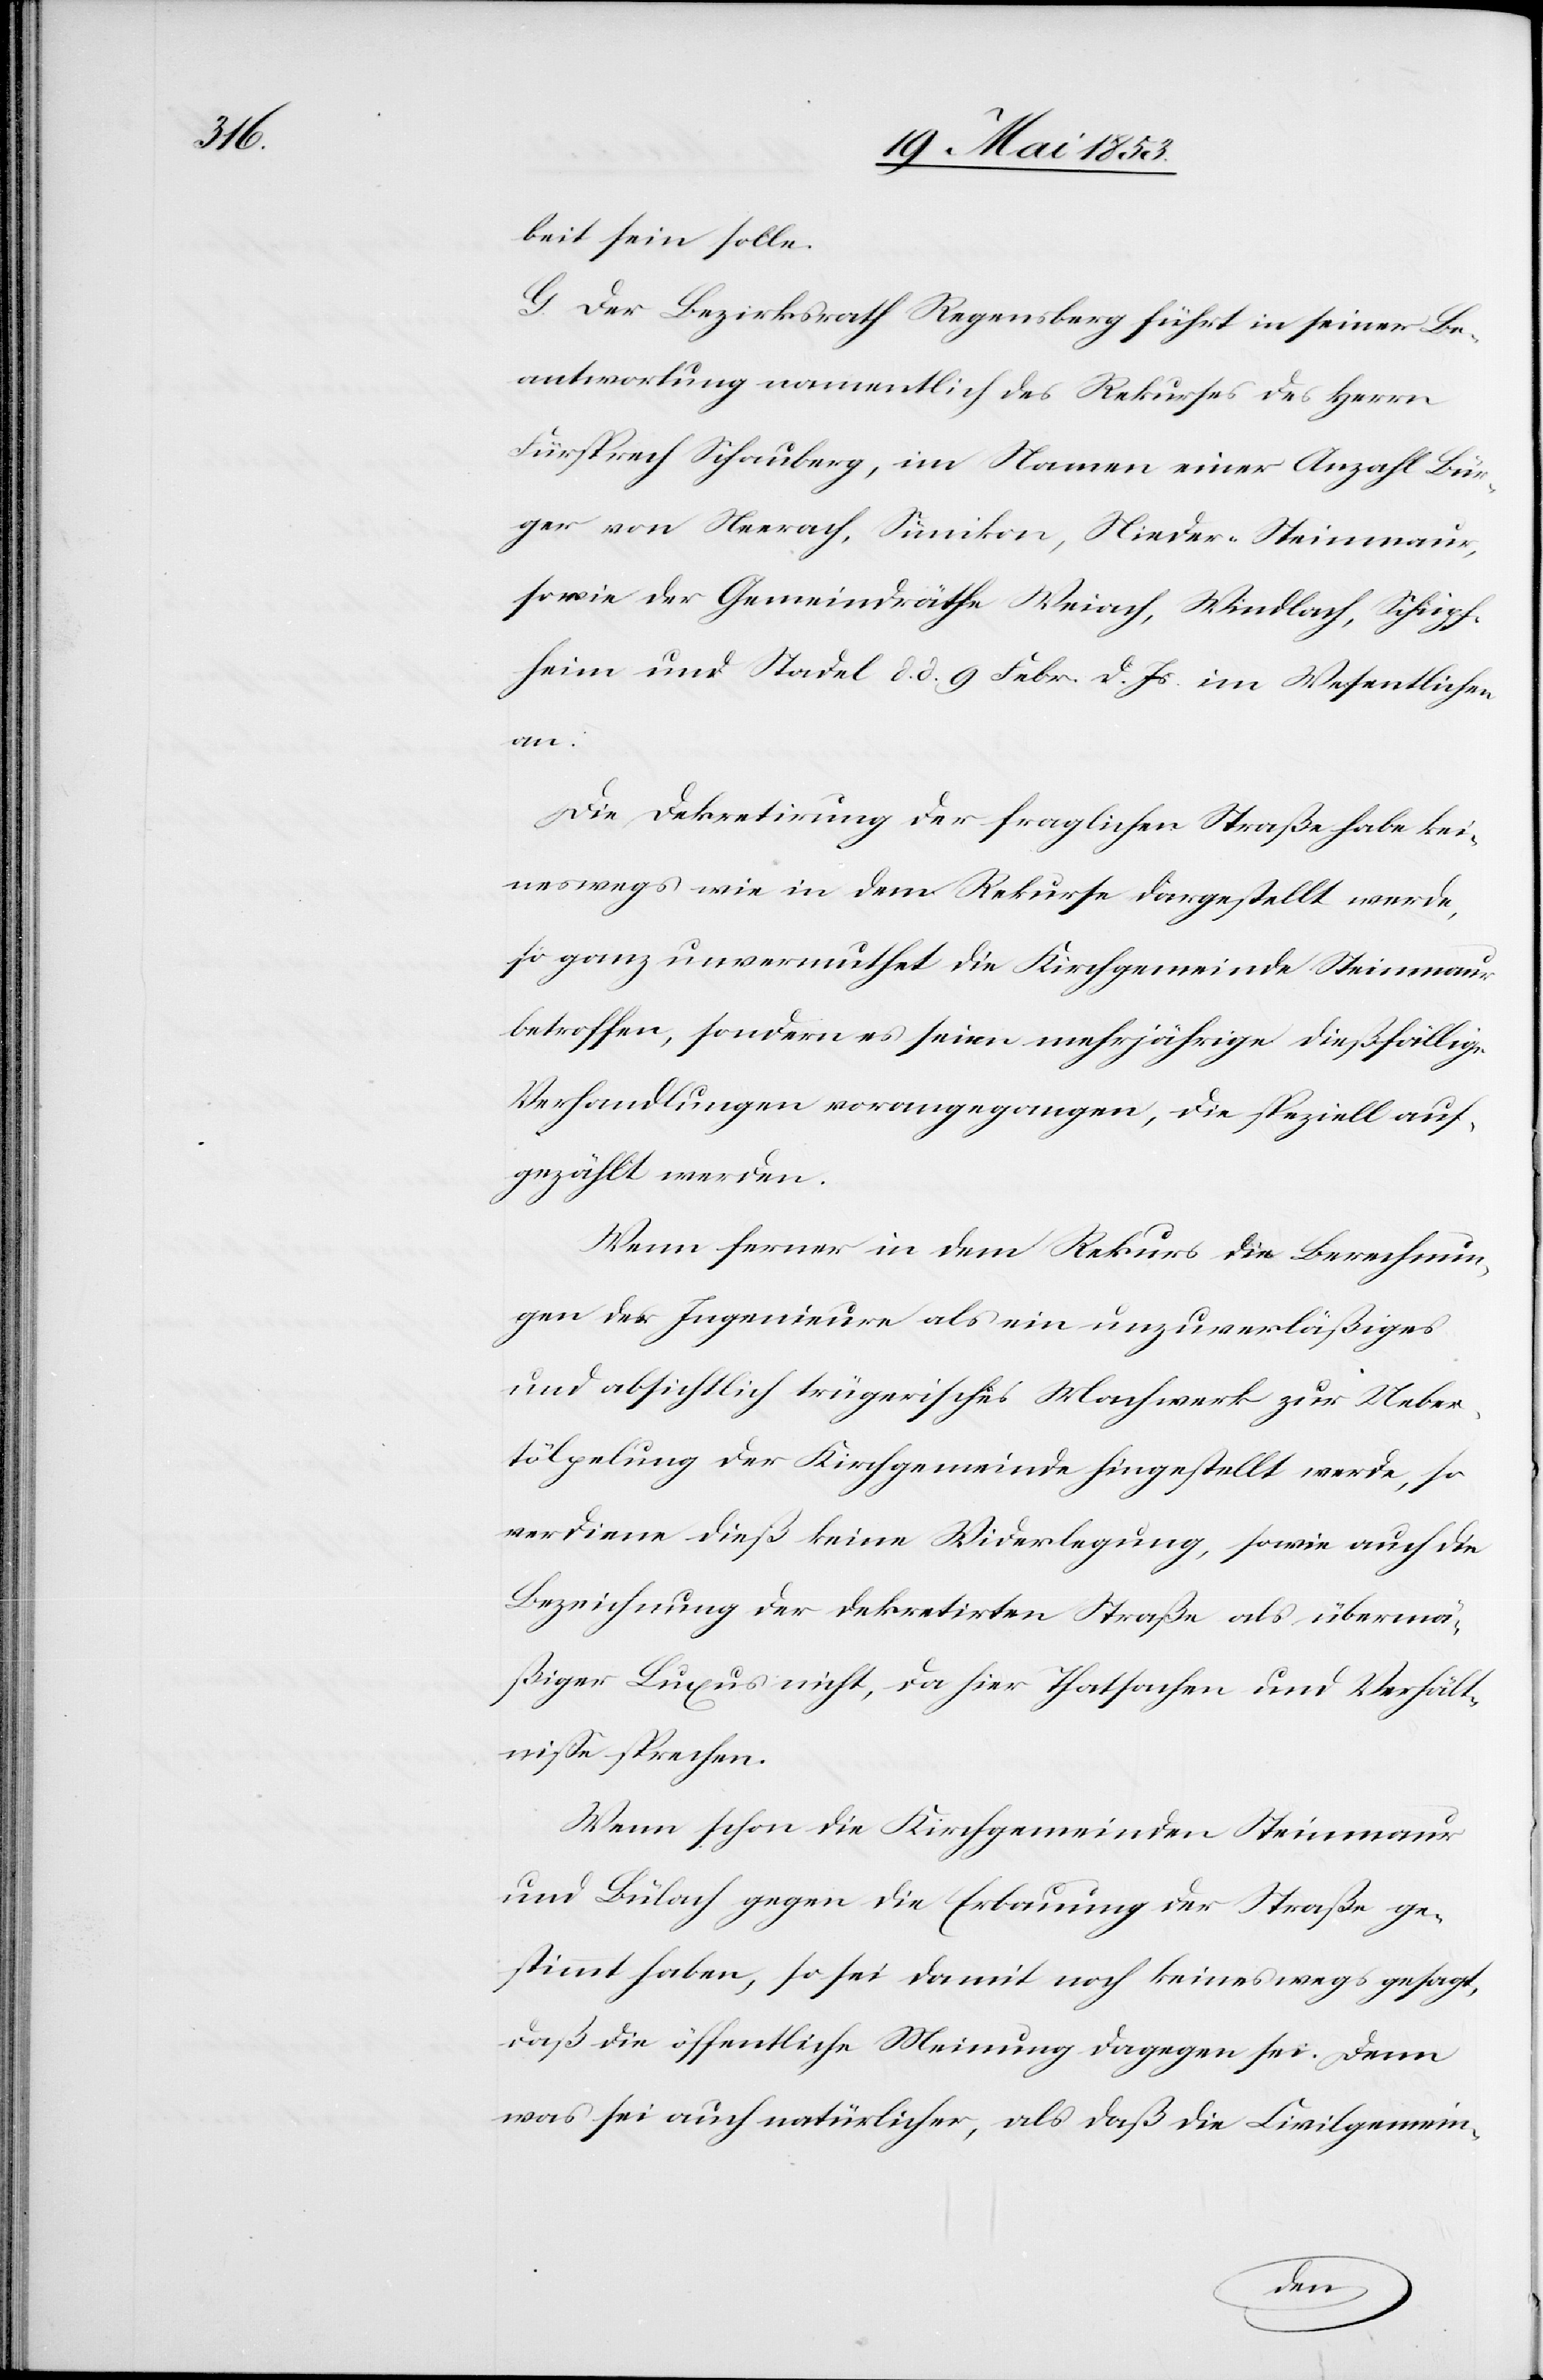
beit sein solle.
G. Der Bezirksrath Regensberg führt in seiner Be¬
antwortung namentlich des Rekurses des Herrn
Fürsprech Schauberg, im Namen einer Anzahl Bür¬
ger von Neerach, Sümikon, Nieder-Steinmaur,
sowie der Gemeindräthe Weiach, Windlach, Schipf¬
heim und Stadel d. d. 9. Febr. d. Js. im Wesentlichen
Die Dekretirung der fraglichen Straße habe kei¬
neswegs wie in dem Rekurse dargestellt werde,
so ganz unvermuthet die Kirchgemeinde Steinmaur
betroffen, sondern es seien mehrjährige dießfällige
Verhandlungen vorangegangen, die speziell auf¬
gezählt werden.
Wenn ferner in dem Rekurs die Berechnun¬
gen der Ingenieure als ein unzuverläßiges
und absichtlich trügerisches Machwerk zur Ueber¬
tölpelung der Kirchgemeinde hingestellt werde, so
verdiene dieß keine Widerlegung, sowie auch die
Bezeichnung der dekretirten Straße als übermä¬
ßiger Luxus nicht, da hier Thatsachen und Verhält¬
niße sprechen.
Wenn schon die Kirchgemeinden Steinmaur
und Bülach gegen die Erbauung der Straße ge¬
stimmt haben, so sei damit noch keineswegs gesagt,
daß die öffentliche Meinung dagegen sei. Denn
was sei auch natürlicher, als daß die Kirchgemein-
an: